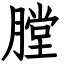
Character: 膛